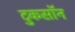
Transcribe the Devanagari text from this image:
टुकसॉन